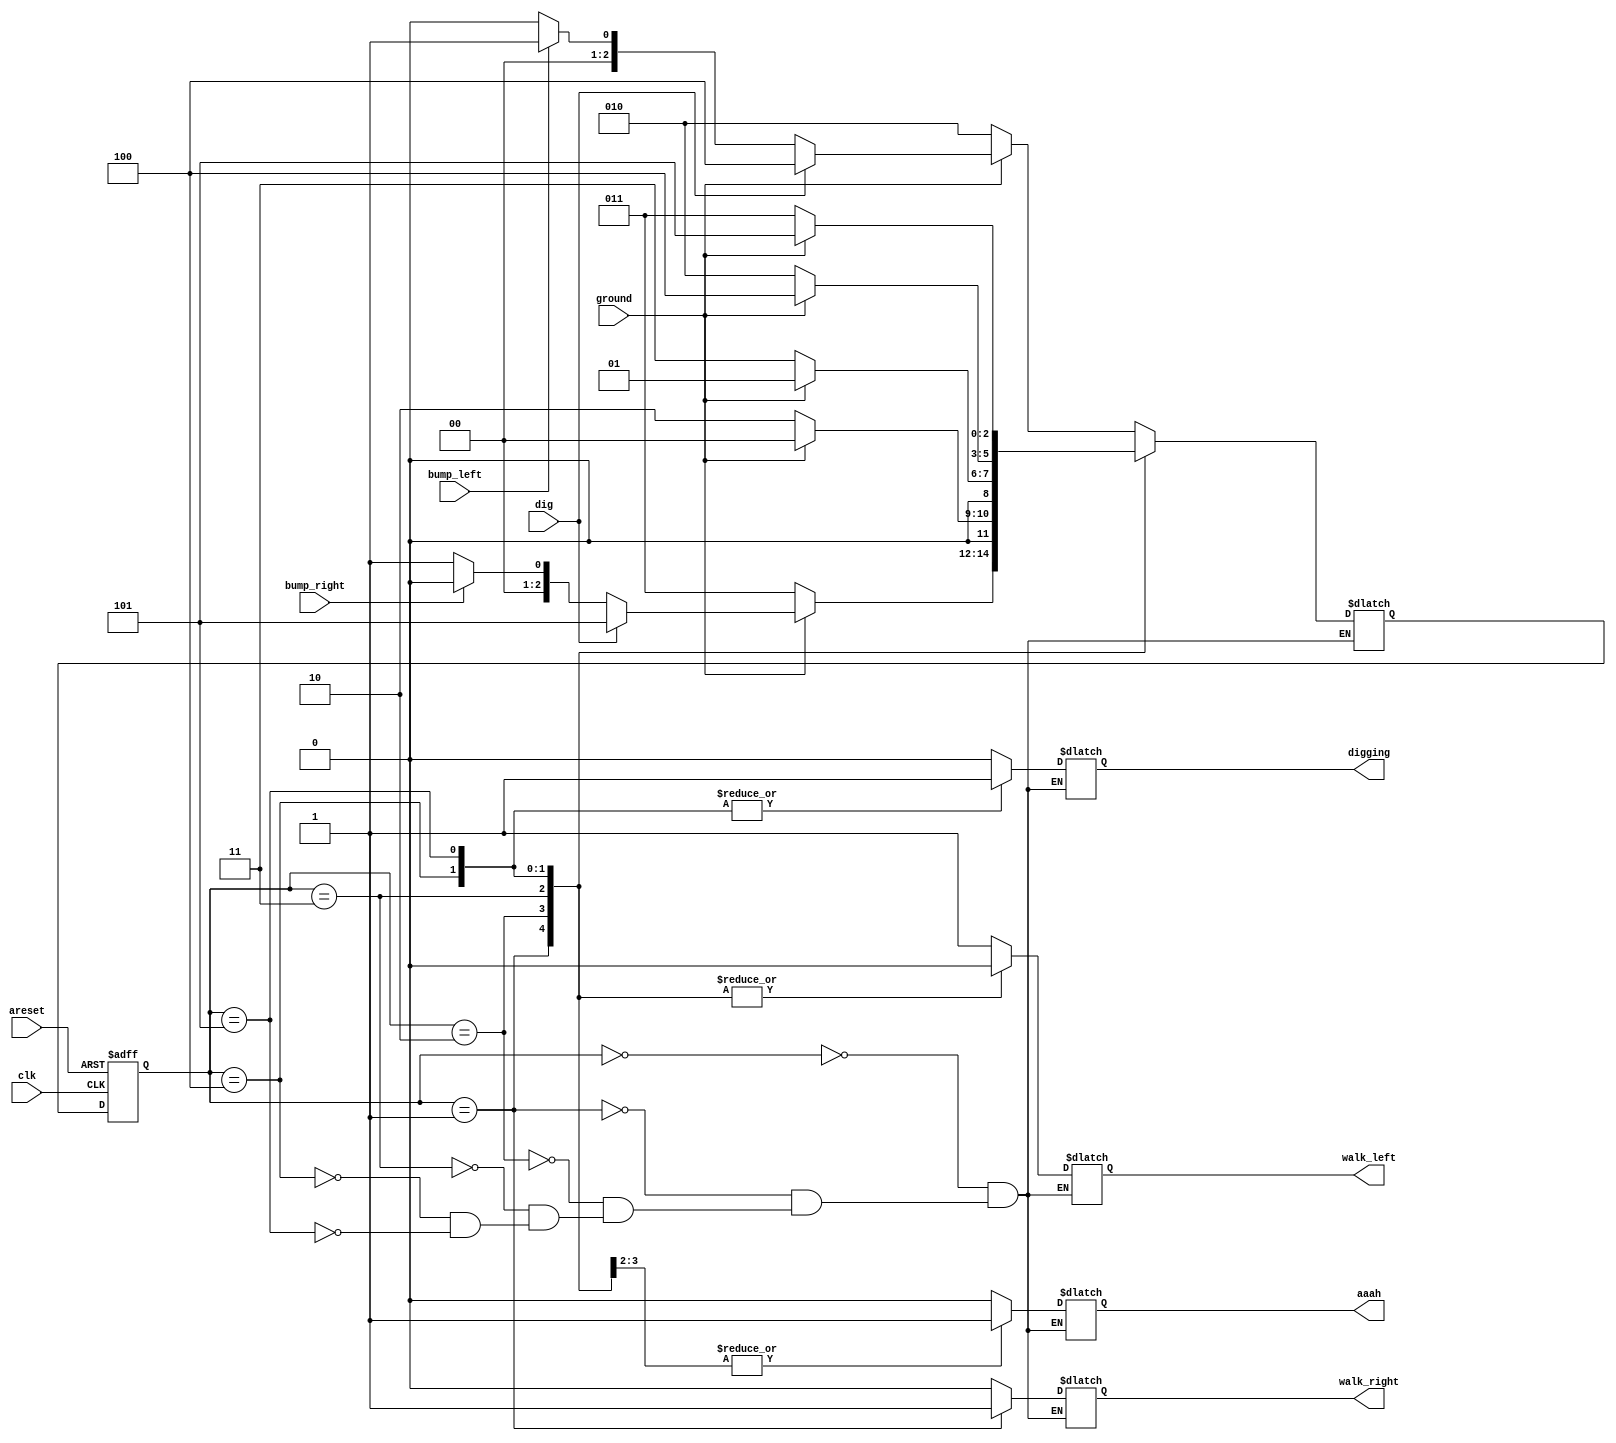
module top_module(
    input clk,
    input areset,    // Freshly brainwashed Lemmings walk left.
    input bump_left,
    input bump_right,
    input ground,
    input dig,
    output reg walk_left,
    output reg walk_right,
    output reg aaah,
    output reg digging
); 
    parameter WL=0,WR=1,FL=2,FR=3,DL=4,DR=5;
    reg [2:0]state,next;
    //state transtition logic
    always @(*)
        begin
            case(state)
                WL: next = ground? (dig? DL : (bump_left? WR:WL) ):FL;
                WR: next = ground? (dig? DR : (bump_right?WL:WR) ):FR;
                FL: next = ground? WL : FL;
                FR: next = ground? WR : FR;
                DL: next = ground? DL : FL;
                DR: next = ground? DR : FR;
            endcase
        end
    always @(posedge clk or posedge areset)
        if(areset) state <= WL;
        else state <= next;
    always @(*)
        case(state) 
            WL: {walk_left,walk_right,aaah,digging} = 4'b1000;
            WR: {walk_left,walk_right,aaah,digging} = 4'b0100;
            FL: {walk_left,walk_right,aaah,digging} = 4'b0010;
            FR: {walk_left,walk_right,aaah,digging} = 4'b0010;
            DL: {walk_left,walk_right,aaah,digging} = 4'b0001;
            DR: {walk_left,walk_right,aaah,digging} = 4'b0001;    
        endcase
endmodule